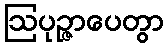
ဩပုဉ္ဇာပေတွာ